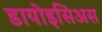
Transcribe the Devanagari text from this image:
डायोइसिअस